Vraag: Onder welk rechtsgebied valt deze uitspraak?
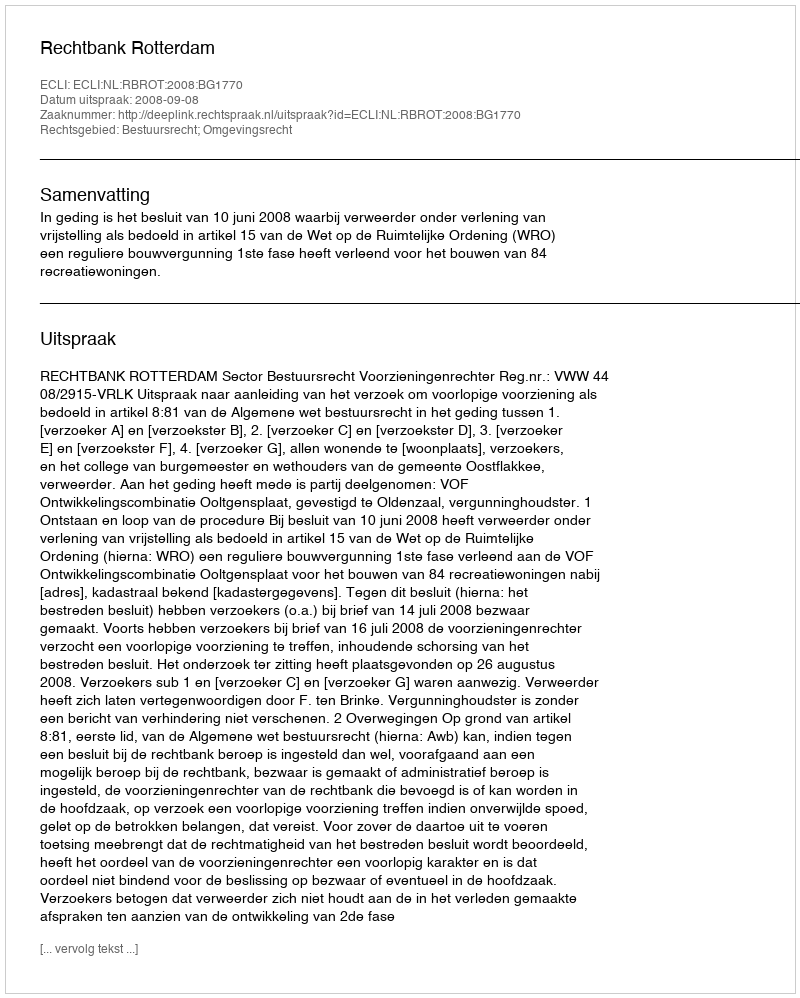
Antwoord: Bestuursrecht; Omgevingsrecht